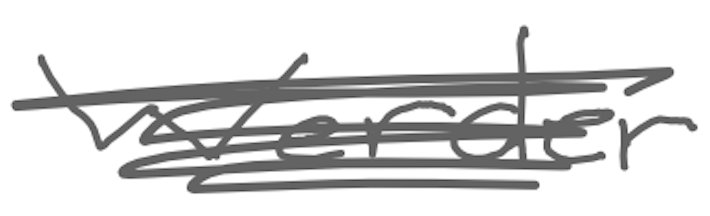
Text: Werder
Cross-out: scratch
Writing tool: digital_gray